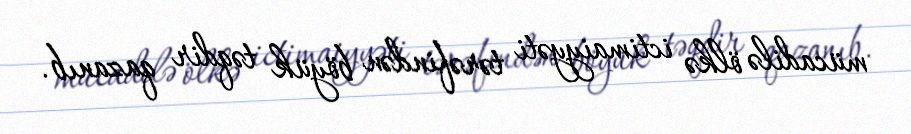
mücadilə ölkə ictimaiyyəti tərəfindən böyük təqdir qazanıb.